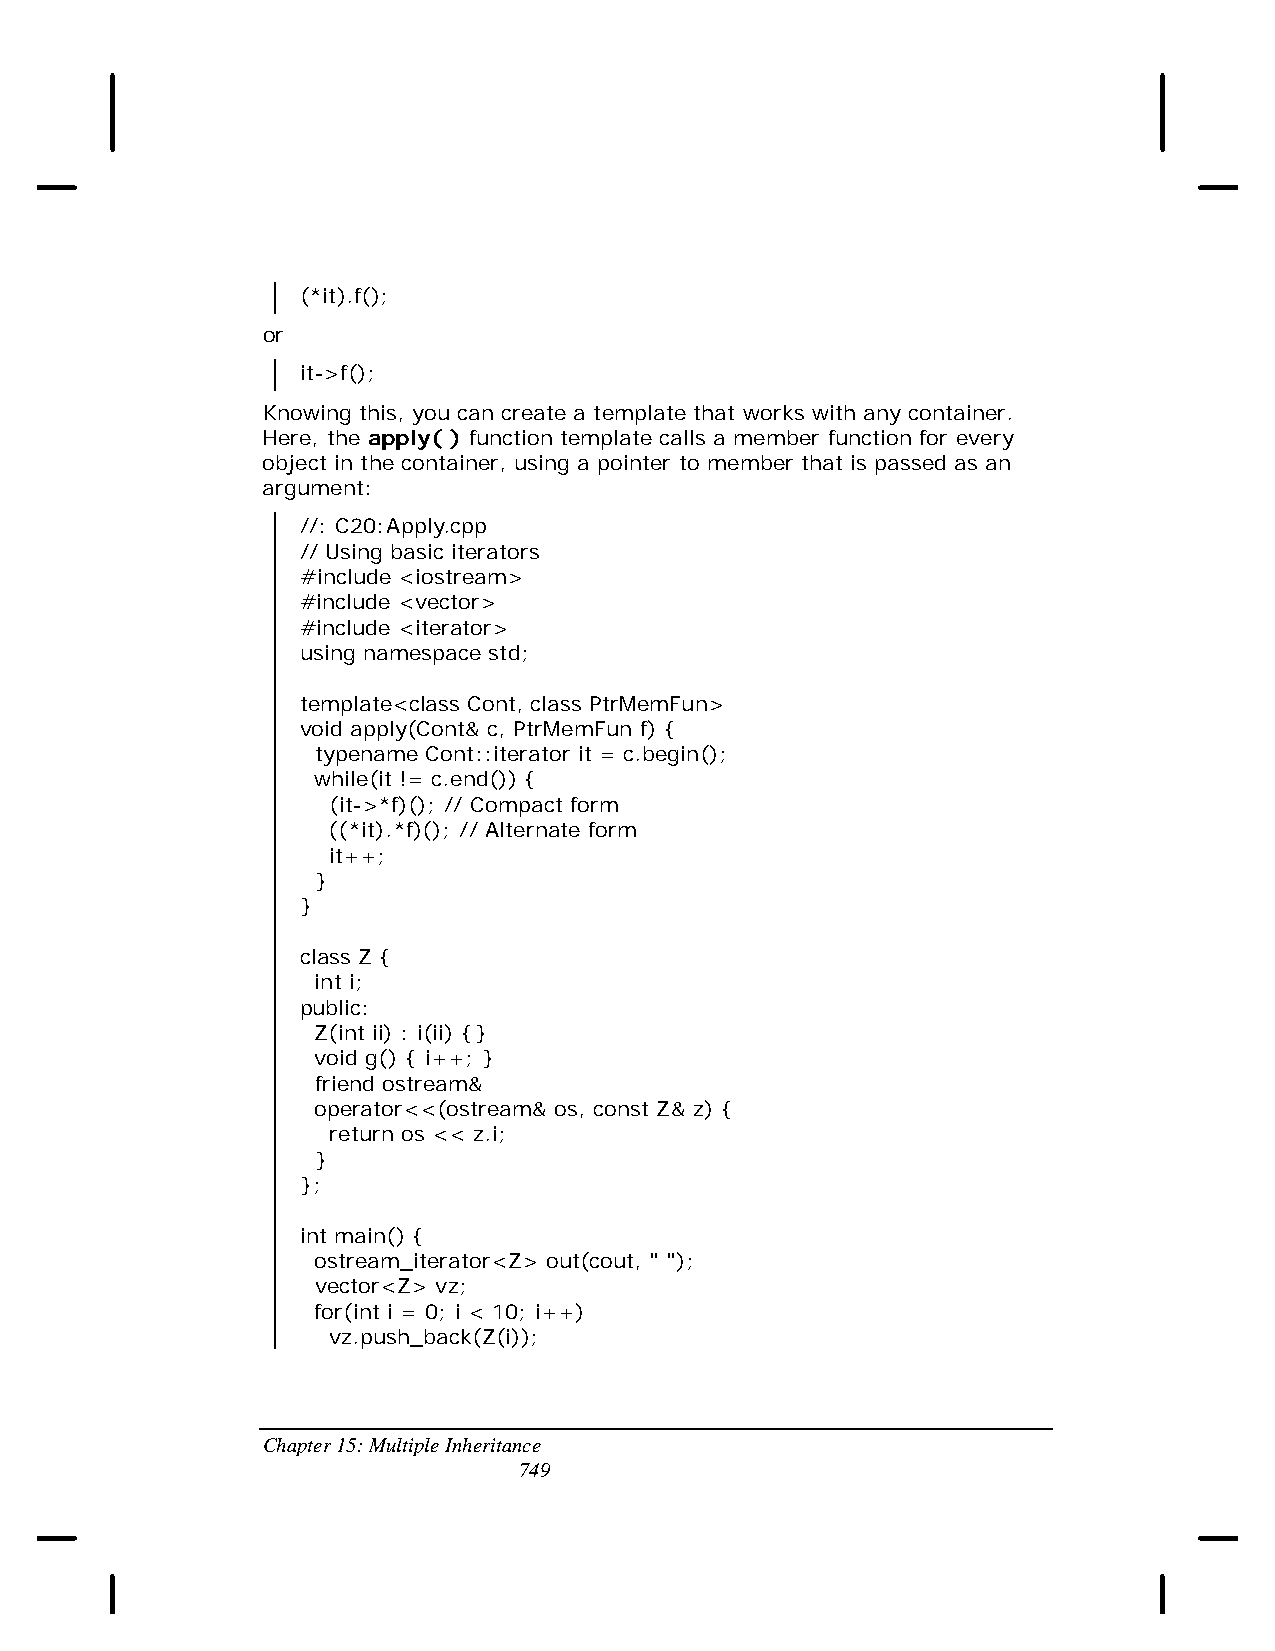
(*it).f();
 or
 it->f();
 Knowing this, you can create a template that works with any container.
 Here, the apply( ) function template calls a member function for every
 object in the container, using a pointer to member that is passed as an
 argument:
 //: C20:Apply.cpp
 // Using basic iterators
 #include <iostream>
 #include <vector>
 #include <iterator>
 using namespace std;
 template<class Cont, class PtrMemFun>
 void apply(Cont& c, PtrMemFun f) {
 typename Cont::iterator it = c.begin();
 while(it != c.end()) {
 (it->*f)(); // Compact form
 ((*it).*f)(); // Alternate form
 it++;
 }
 }
 class Z {
 int i;
 public:
 Z(int ii) : i(ii) {}
 void g() { i++; }
 friend ostream&
 operator<<(ostream& os, const Z& z) {
 return os << z.i;
 }
 };
 int main() {
 ostream_iterator<Z> out(cout, " ");
 vector<Z> vz;
 for(int i = 0; i < 10; i++)
 vz.push_back(Z(i));
 Chapter 15: Multiple Inheritance
 749